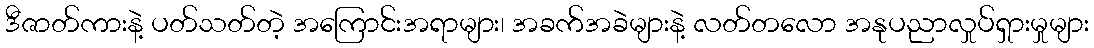
ဒီဇာတ်ကားနဲ့ ပတ်သတ်တဲ့ အကြောင်းအရာများ၊ အခက်အခဲများနဲ့ လတ်တလော အနုပညာလှုပ်ရှားမှုများ